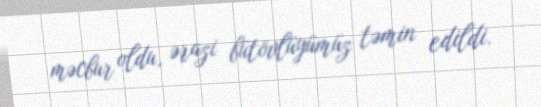
məcbur oldu, ərazi bütövlüyümüz təmin edildi.